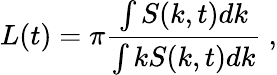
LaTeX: L(t)=\pi\frac{\int S(k,t)dk}{\int kS(k,t)dk}\ ,